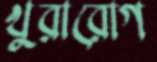
খুরারোগ